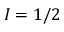
I = 1 / 2